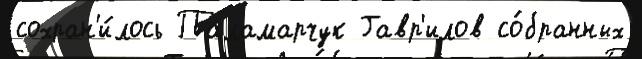
сохран'и́лось Паламарчук Гавр'илов со́бранных